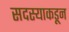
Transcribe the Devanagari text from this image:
सदस्याकडून